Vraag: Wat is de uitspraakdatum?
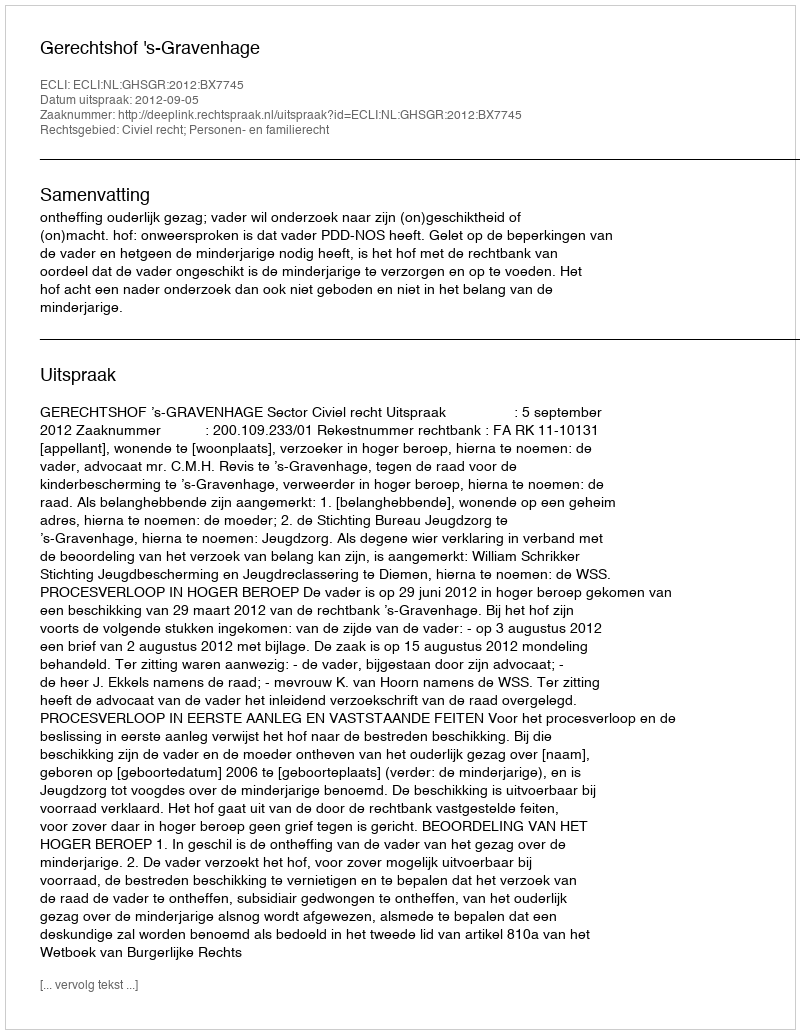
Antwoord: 2012-09-05